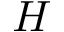
H